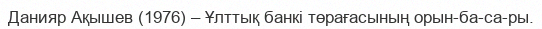
Данияр Ақышев (1976) – Ұлттық банкі төрағасының орын­ба­са­ры.